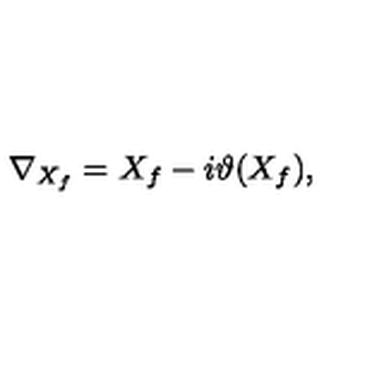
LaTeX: \nabla _ { X _ { f } } = X _ { f } - i \vartheta ( X _ { f } ) ,